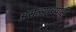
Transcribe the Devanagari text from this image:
असल्याच्याही